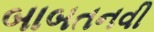
બાબતનવી